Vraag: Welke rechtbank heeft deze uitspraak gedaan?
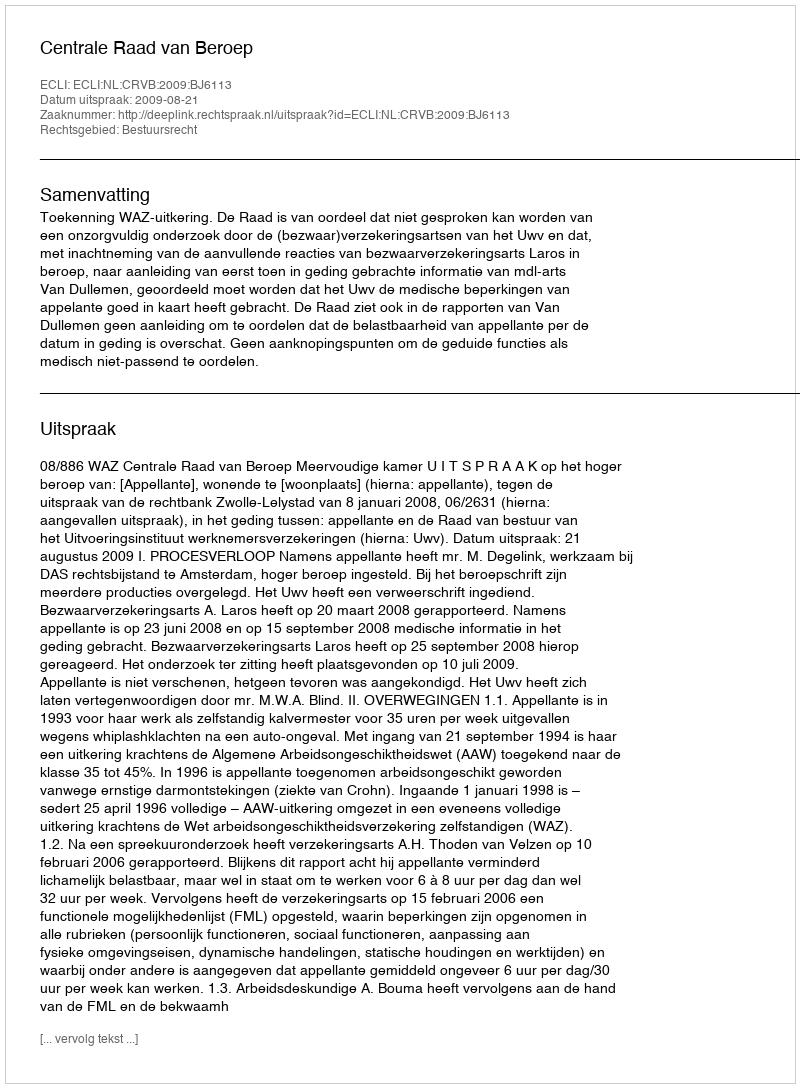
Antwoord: Centrale Raad van Beroep